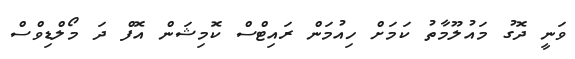
ވަނީ ދޮގު މައުލޫމާތު ކަމަށް ހިއުމަން ރައިޓްސް ކޮމިޝަން އޮފް ދަ މޯލްޑިވްސް